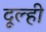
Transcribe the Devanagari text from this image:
दूल्ही